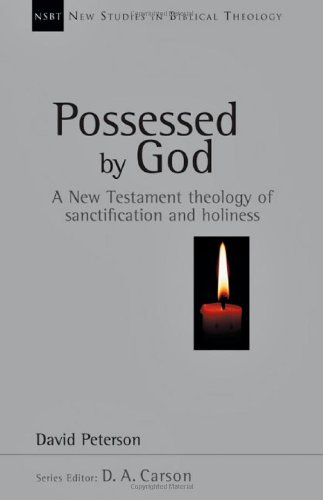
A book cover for Possessed by God: A New Testament theology of sanctification and holiness (New Studies in Biblical Theology); David G. Peterson; Christian Books & Bibles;